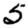
Digit: 5